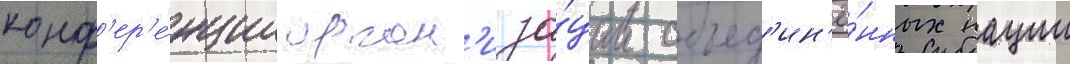
конф'ер'е́нции орган'иза́ции объед'ин'ё́нных нации